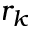
r _ { k }